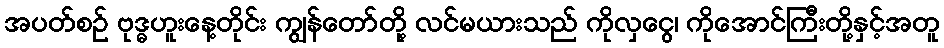
အပတ်စဉ် ဗုဒ္ဓဟူးနေ့တိုင်း ကျွန်တော်တို့ လင်မယားသည် ကိုလှငွေ၊ ကိုအောင်ကြီးတို့နှင့်အတူ